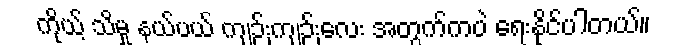
ကိုယ့် သိမှု နယ်ပယ် ကျဉ်းကျဉ်းလေး အတွက်ကပဲ ရေးနိုင်ပါတယ်။